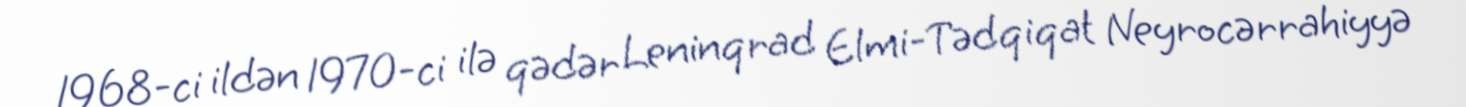
1968-ci ildən 1970-ci ilə qədər Leninqrad Elmi-Tədqiqat Neyrocərrahiyyə